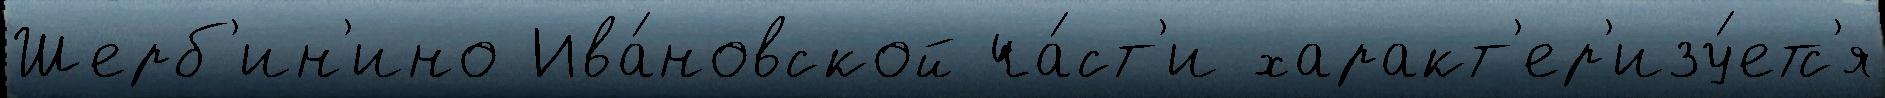
Шерб'ин'ино Ива́новской ча́ст'и характ'ер'изу́етс'я